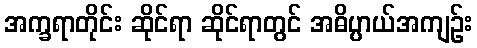
အက္ခရာတိုင်း ဆိုင်ရာ ဆိုင်ရာတွင် အဓိပ္ပာယ်အကျဉ်း